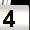
Digit: 4